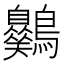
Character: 𪈪